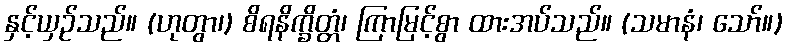
နှင့်ယှဉ်သည်။ (ဟုတွာ၊) စိရနိက္ခိတ္တံ၊ ကြာမြင့်စွာ ထားအပ်သည်။ (သမာနံ၊ သော်။)